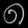
Digit: ၈